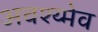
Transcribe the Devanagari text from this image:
अवश्य्मेव